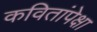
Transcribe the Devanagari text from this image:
कवितांपेक्षा